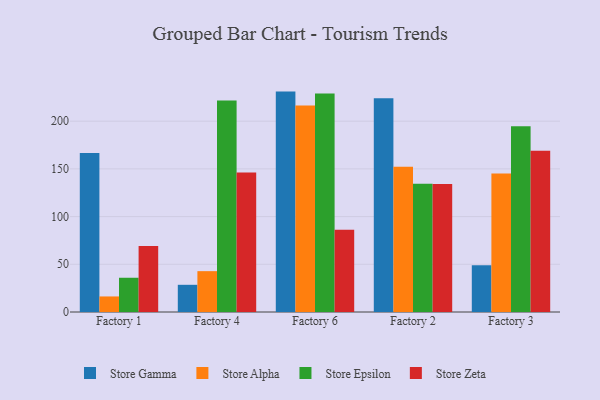
{"axis": {"x": "Factory", "y": "Revenue (USD Million)"}, "legend": ["Store Alpha", "Store Epsilon", "Store Gamma", "Store Zeta"], "data": [{"x": "Factory 1", "y": 166.7, "type": "Store Gamma"}, {"x": "Factory 1", "y": 16.3, "type": "Store Alpha"}, {"x": "Factory 1", "y": 35.9, "type": "Store Epsilon"}, {"x": "Factory 1", "y": 69.2, "type": "Store Zeta"}, {"x": "Factory 4", "y": 28.5, "type": "Store Gamma"}, {"x": "Factory 4", "y": 42.8, "type": "Store Alpha"}, {"x": "Factory 4", "y": 221.7, "type": "Store Epsilon"}, {"x": "Factory 4", "y": 146.3, "type": "Store Zeta"}, {"x": "Factory 6", "y": 231.0, "type": "Store Gamma"}, {"x": "Factory 6", "y": 216.5, "type": "Store Alpha"}, {"x": "Factory 6", "y": 229.1, "type": "Store Epsilon"}, {"x": "Factory 6", "y": 86.2, "type": "Store Zeta"}, {"x": "Factory 2", "y": 224.0, "type": "Store Gamma"}, {"x": "Factory 2", "y": 152.2, "type": "Store Alpha"}, {"x": "Factory 2", "y": 134.3, "type": "Store Epsilon"}, {"x": "Factory 2", "y": 134.1, "type": "Store Zeta"}, {"x": "Factory 3", "y": 49.1, "type": "Store Gamma"}, {"x": "Factory 3", "y": 145.1, "type": "Store Alpha"}, {"x": "Factory 3", "y": 194.6, "type": "Store Epsilon"}, {"x": "Factory 3", "y": 168.9, "type": "Store Zeta"}]}